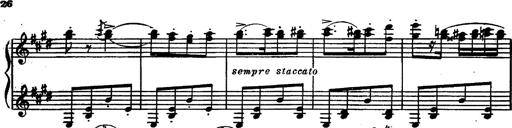
Title: Magyar rapszÃ³diÃ¡k
Composer: Franz Liszt